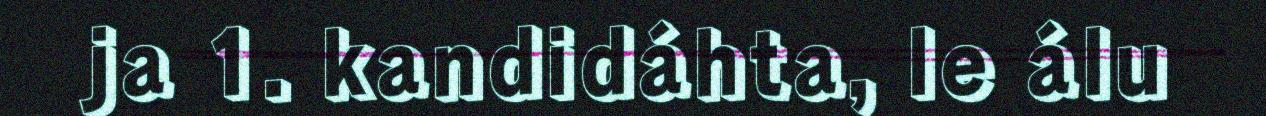
ja 1. kandidáhta, le álu